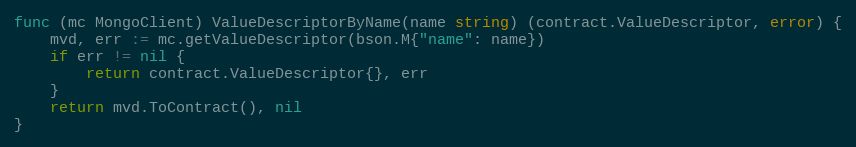
Language: Go
func (mc MongoClient) ValueDescriptorByName(name string) (contract.ValueDescriptor, error) {
	mvd, err := mc.getValueDescriptor(bson.M{"name": name})
	if err != nil {
		return contract.ValueDescriptor{}, err
	}
	return mvd.ToContract(), nil
}